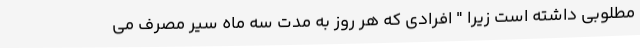
مطلوبی داشته است زیرا " افرادی که هر روز به مدت سه ماه سیر مصرف می